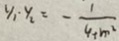
y _ { 1 } - y _ { 2 } = - \frac { 1 } { 4 + m ^ { 2 } }